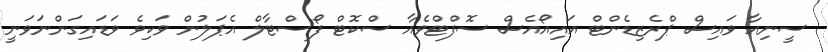
ސީނިއާ ވައިސް ޕްރެޒިޑެންޓް އައިއޯއެސް ސޮފްޓްވެއާ ސްކޮޓް ފޯސްޓާލް އެޕަލުން ވަކިވެ ވަޑައިގަންނަވަނީ